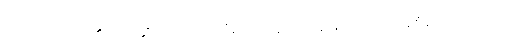
အသပ္ပုရိသတို့၏ ပြောဆို လုပ်ကိုင် ကြံစည် ဒါနပြုပုံ အမြင် အပြည့်အစုံဟောထားသော